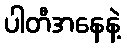
ပါတီအနေနဲ့